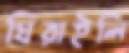
ঘিরাইলি